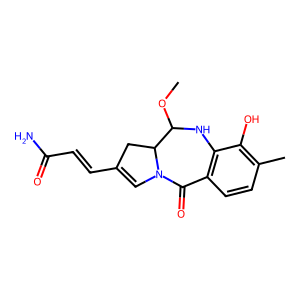
SMILES: COC1Nc2c(ccc(C)c2O)C(=O)N2C=C(C=CC(N)=O)CC12
Inhibits HIV replication: No